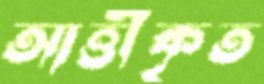
আত্তীকৃত